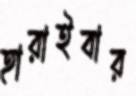
হারাইবার